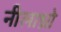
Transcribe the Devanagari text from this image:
नीलाध्रो